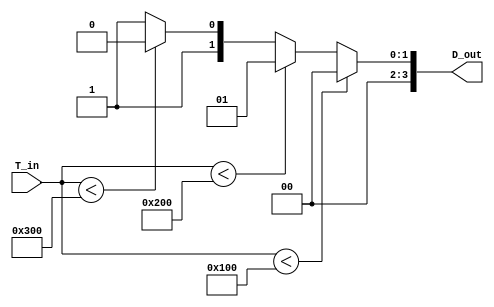
module thermal_encoder (
    input  [9:0] T_in,    // 10-bit analog temperature input (0-100 C)
    output reg [3:0] D_out // 4-bit digital output
);

// Reference temperature levels (in 10-bit representation)
// Assuming the input is in 10-bit where 0C = 0 and 100C = 1023
parameter REF_LEVEL_1 = 10'd256; // 25C
parameter REF_LEVEL_2 = 10'd512; // 50C
parameter REF_LEVEL_3 = 10'd768; // 75C

always @(*) begin
    // Default output
    D_out = 4'b0000;

    // Comparator logic
    if (T_in < REF_LEVEL_1) begin
        D_out = 4'b0000; // Below 25C
    end else if (T_in < REF_LEVEL_2) begin
        D_out = 4'b0001; // 25C to 49C
    end else if (T_in < REF_LEVEL_3) begin
        D_out = 4'b0010; // 50C to 74C
    end else begin
        D_out = 4'b0011; // 75C and above
    end
end

endmodule